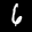
Label: 6